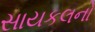
સાયકલનો